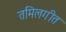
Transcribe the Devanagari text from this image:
तमिलगीत